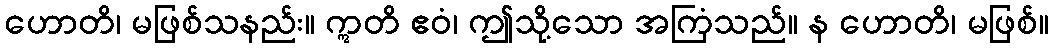
ဟောတိ၊ မဖြစ်သနည်း။ ဣတိ ဧဝံ၊ ဤသို့သော အကြံသည်။ န ဟောတိ၊ မဖြစ်။